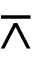
\barwedge